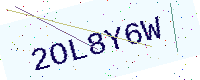
Text: 2OL8Y6W